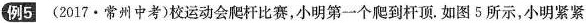
例5(2017·常州中考)校运动会爬杆比赛，小明第一个爬到杆顶.如图5所示，小明紧紧